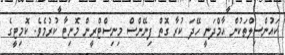
ކައުންސިލްތަކުން އާމްދަނީ ހޭދަ ކުރާ ގޮތް ފިނޭންސް މިނިސްޓްރީން މޮނިޓާ ކުރުމެވެ. ކޮމިޓީގެ